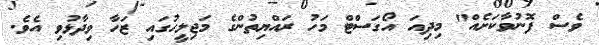
ވެސް ފޮނުވާކަށެއް" މިދިއަ އޯގަސްޓް މަހު ރައްޔިތުންގެ މަޖިލީހުގައި ޒަހާ ވިދާޅުވި އެވެ.